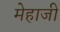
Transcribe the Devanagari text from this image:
मेहाजी